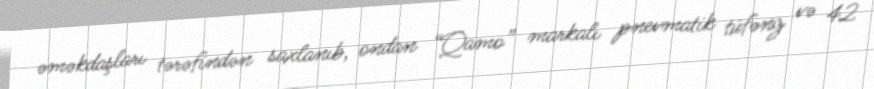
əməkdaşları tərəfindən saxlanıb, ondan “Qamo” markalı pnevmatik tüfəng və 42